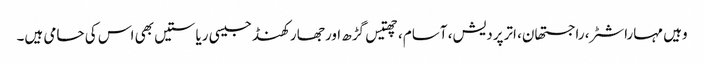
وہیں مہاراشٹر، راجستھان، اترپردیش، آسام، چھتیس گڑھ اور جھارکھنڈ جیسی ریاستیں بھی اس کی حامی ہیں۔